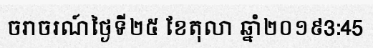
ចរាចរណ៍ថ្ងៃទី២៥ ខែតុលា ឆ្នាំ២០១៩3:45